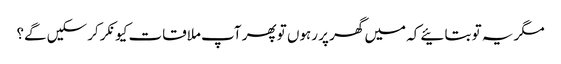
مگر یہ تو بتائیے کہ میں گھر پر رہوں تو پھر آپ ملاقات کیونکر کرسکیں گے؟